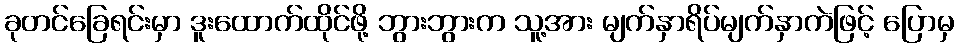
ခုတင်ခြေရင်းမှာ ဒူးထောက်ထိုင်ဖို့ ဘွားဘွားက သူ့အား မျက်နှာရိပ်မျက်နှာကဲဖြင့် ပြောမှ